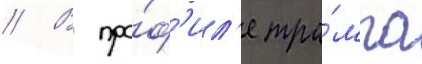
// В про́ф'ил'е тра́мпа